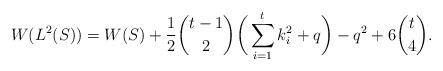
LaTeX: \begin{align*} W(L^2(S))= W(S)+\frac{1}{2}\binom{t-1}{2}\bigg(\sum_{i=1}^t k_i^2+q\bigg)- q^2 + 6\binom t4.\end{align*}